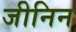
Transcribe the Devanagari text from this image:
जीनिन